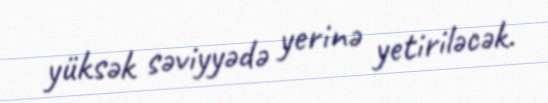
yüksək səviyyədə yerinə yetiriləcək.